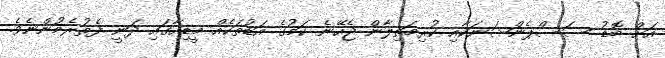
އަށް ބޮޑު ސަސްޕެންޝަނަކާއި ކުރިމަތިލާން ޖެހޭނެ ކަމުގެ އަޑުތަކެއް މީޑިއާގައި ދަނީ ފެތުރެމުންނެވެ.